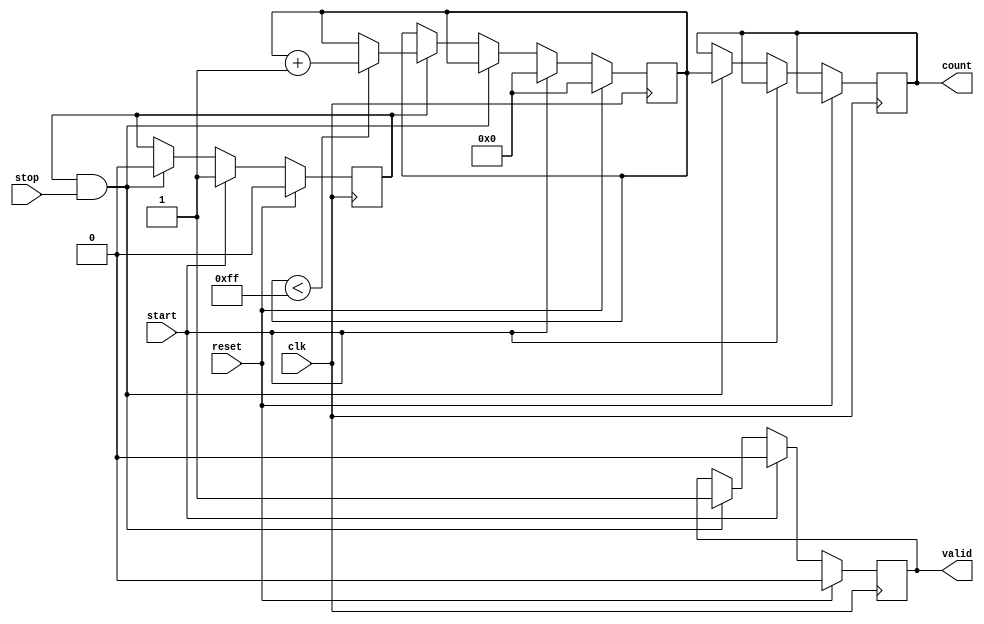
module TDC (
    input wire clk,            // System clock
    input wire start,          // Start signal
    input wire stop,           // Stop signal
    input wire reset,          // Reset signal
    output reg [N-1:0] count,  // Output count value
    output reg valid           // Count valid signal
);
    parameter N = 8;           // Number of bits for the counter
    parameter DELAY_CYCLES = 16; // Number of delay elements

    reg [N-1:0] counter;       // Counter to count delay elements
    reg [DELAY_CYCLES-1:0] delay_line; // Delay line
    reg capturing;             // Flag to indicate capturing state

    // Initialize the delay line and counter
    initial begin
        counter = 0;
        valid = 0;
        capturing = 0;
        delay_line = 0;
    end

    // Delay line implementation
    always @(posedge clk) begin
        if (capturing) begin
            delay_line <= {delay_line[DELAY_CYCLES-2:0], 1'b1}; // Shift in a new delay
        end else begin
            delay_line <= {DELAY_CYCLES{1'b0}}; // Reset delay line
        end
    end

    // Counter logic
    always @(posedge clk) begin
        if (reset) begin
            counter <= 0;
            valid <= 0;
            capturing <= 0;
        end else if (start) begin
            capturing <= 1;               // Start capturing
            counter <= 0;                 // Reset counter
            valid <= 0;                   // Invalidate output
        end else if (capturing && stop) begin
            capturing <= 0;               // Stop capturing
            count <= counter;             // Store the count
            valid <= 1;                   // Output is valid
        end else if (capturing) begin
            if (counter < (1 << N) - 1) begin
                counter <= counter + 1; // Increment counter
            end
        end
    end
endmodule